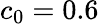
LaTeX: c_{0}=0.6